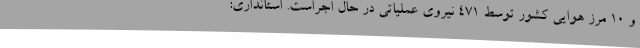
و ۱۰ مرز هوایی کشور توسط ۴۷۱ نیروی عملیاتی در حال اجراست. استانداری: